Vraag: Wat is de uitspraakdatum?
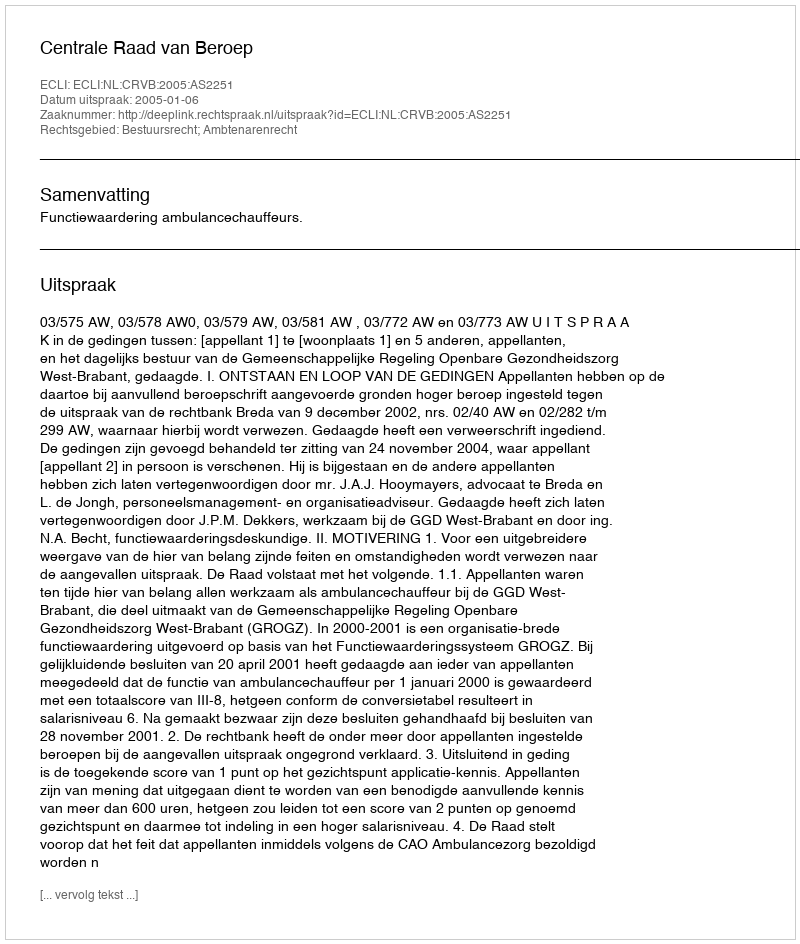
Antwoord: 2005-01-06